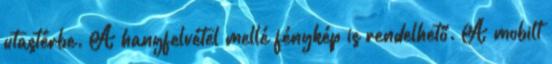
utastérbe. A hangfelvétel mellé fénykép is rendelhető. A mobilt